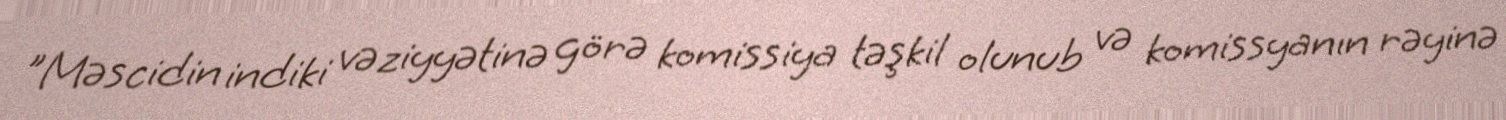
"Məscidin indiki vəziyyətinə görə komissiya təşkil olunub və komissyanın rəyinə